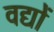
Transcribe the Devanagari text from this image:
वद्यों